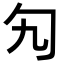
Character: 勼